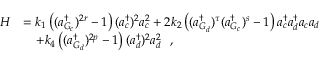
\begin{array} { r l } { H } & { = k _ { 1 } \left( ( a _ { G _ { c } } ^ { \dagger } ) ^ { 2 r } - 1 \right) ( a _ { c } ^ { \dagger } ) ^ { 2 } a _ { c } ^ { 2 } + 2 k _ { 2 } \left( ( a _ { G _ { d } } ^ { \dagger } ) ^ { \tau } ( a _ { G _ { c } } ^ { \dagger } ) ^ { s } - 1 \right) a _ { c } ^ { \dagger } a _ { d } ^ { \dagger } a _ { c } a _ { d } } \\ & { \quad + k _ { 4 } \left( ( a _ { G _ { d } } ^ { \dagger } ) ^ { 2 p } - 1 \right) ( a _ { d } ^ { \dagger } ) ^ { 2 } a _ { d } ^ { 2 } ~ ~ , } \end{array}